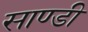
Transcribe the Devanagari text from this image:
साण्डी